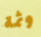
وثمة